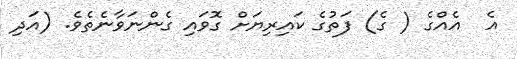
އެ  އެއްގެ ( ގެ) ފަތުގެ ކައިރިޔަށް ގޮވައި ގެންނަވާނެތެވެ. (އަދި